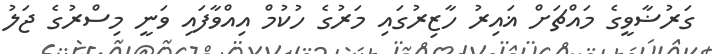
ގަރުޟާވީގެ މައްޗަށް ޣައިރު ހާޒިރުގައި މަރުގެ ހުކުމް އިއްވާފައި ވަނީ މިސްރުގެ ޖަލު